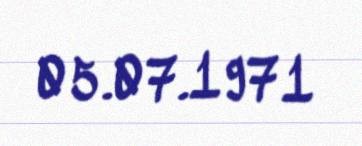
05.07.1971